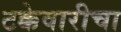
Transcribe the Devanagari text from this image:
टक्केवारीचा